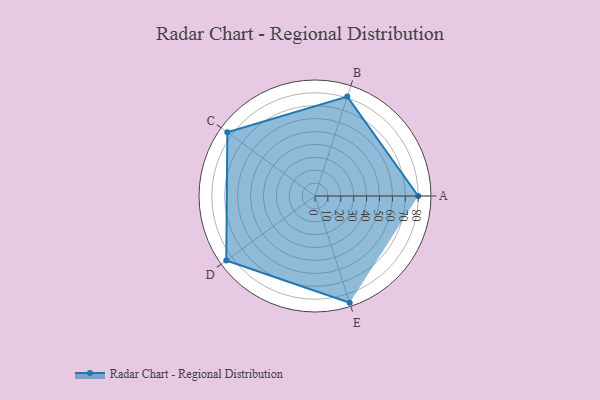
{"axis": {"x": "Skill", "y": "Score"}, "legend": ["Profile"], "data": [{"x": "A", "y": 80.0, "type": "Profile"}, {"x": "B", "y": 81.0, "type": "Profile"}, {"x": "C", "y": 84.0, "type": "Profile"}, {"x": "D", "y": 85.0, "type": "Profile"}, {"x": "E", "y": 87.0, "type": "Profile"}]}